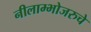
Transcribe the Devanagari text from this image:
नीलाम्भोजरुचे